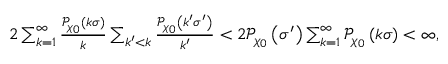
\begin{array} { r } { 2 \sum _ { k = 1 } ^ { \infty } \frac { \mathcal { P } _ { \chi _ { 0 } } \left( k \sigma \right) } { k } \sum _ { k ^ { \prime } < k } \frac { \mathcal { P } _ { \chi _ { 0 } } \left( k ^ { \prime } \sigma ^ { \prime } \right) } { k ^ { \prime } } < 2 \mathcal { P } _ { \chi _ { 0 } } \left( \sigma ^ { \prime } \right) \sum _ { k = 1 } ^ { \infty } \mathcal { P } _ { \chi _ { 0 } } \left( k \sigma \right) < \infty , } \end{array}